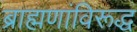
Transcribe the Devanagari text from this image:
ब्राह्मणांविरूद्ध